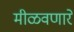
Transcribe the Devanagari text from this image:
मीळवणारे